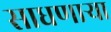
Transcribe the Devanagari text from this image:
साधणार्‍या